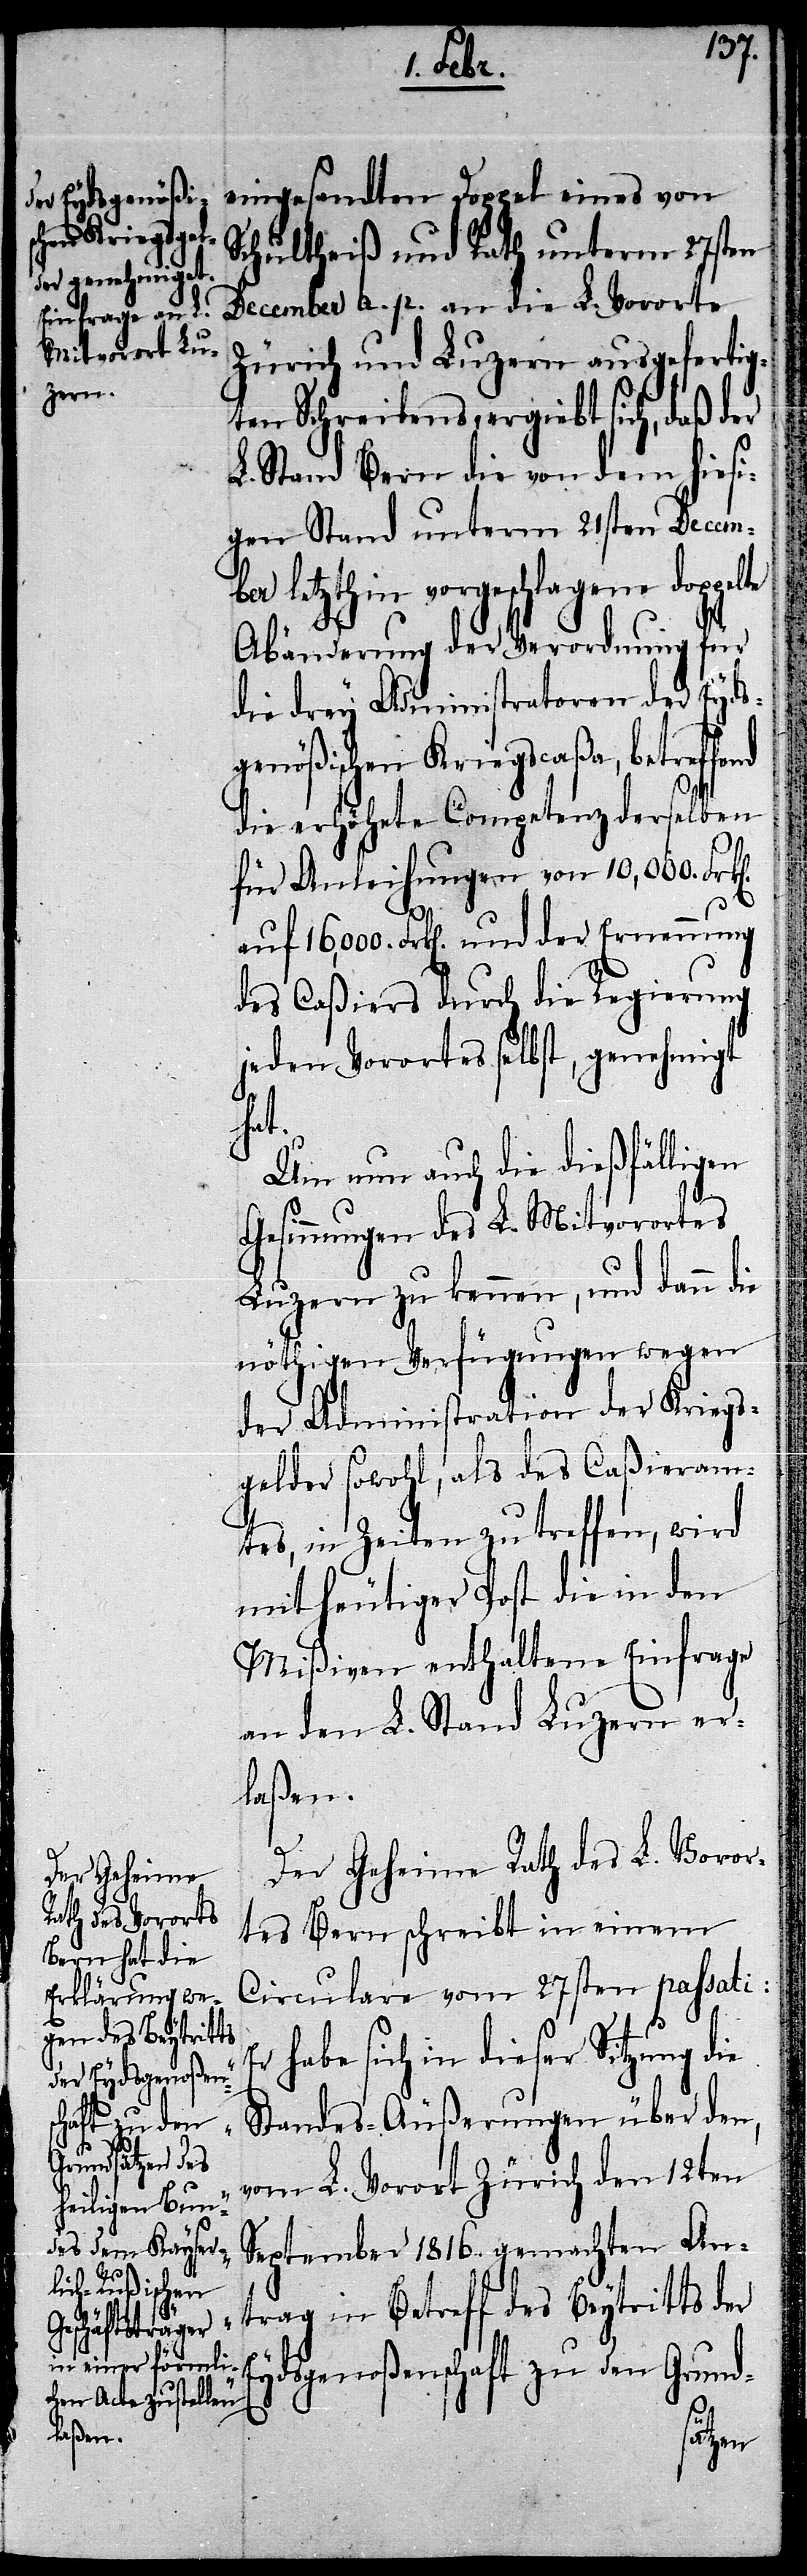
fend
n].

eingesandten Doppel eines von
Schultheiß und Rath unterm 27sten
December a. p. an die L. Vororte
Zürich und Luzern ausgefertig¬
ten Schreibens, ergiebt sich, daß der
L. Stand Bern die von dem hiesi¬
gen Stand unterm 21sten Decem¬
ber letzthin vorgeschlagene doppelte
Abänderung der Verordnung für
die drey Administratoren der Eydsg¬
enößischen Kriegscaßa, betref¬
die erhöhete Competenz derselben
für Anleihungen von 10,000 Frk[e¬
auf 16,000. Frk[en]. und der Ernennung
des Caßiers durch die Regierung
jeden Vorortes selbst, genehmigt
hat.
Um nun auch die dießfälligen
Gesinnungen des L. Mitvorortes
Luzern zu kennen, und dann
nöthigen Verfügungen wegen
der Administration der Kriegs¬
gelder sowohl, als des Caßieram¬
tes, in Zeiten zu treffen, wird
mit heutiger Post die in den
Mißiven enthaltene Einfrage
an den L. Stand Luzern er¬
laßen.
Der Geheime Rath des L. Voror¬
tes Bern schreibt in einem
Circulare vom 27sten passati:
habe sich in dieser Sitzung die
Standes-Äußerungen über den,
vom L. Vorort Zürich den 12ten
September 1816. gemachten An¬
trag in Betreff des Beytritts der
Eydsgenoßenschaft zu den Grund-